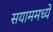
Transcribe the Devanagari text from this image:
सयाममध्ये